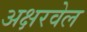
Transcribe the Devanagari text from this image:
अक्षरवेल